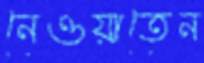
নেওয়াতেন